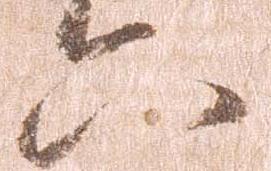
六